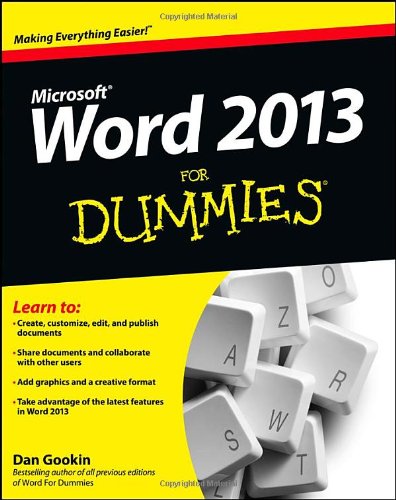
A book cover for Word 2013 For Dummies; Dan Gookin; Computers & Technology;